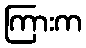
ကြားက